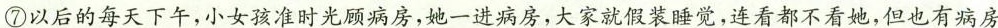
⑦以后的每天下午，小女孩准时光顾病房，她一进病房，大家就假装睡觉，连看都不看她，但也有病房